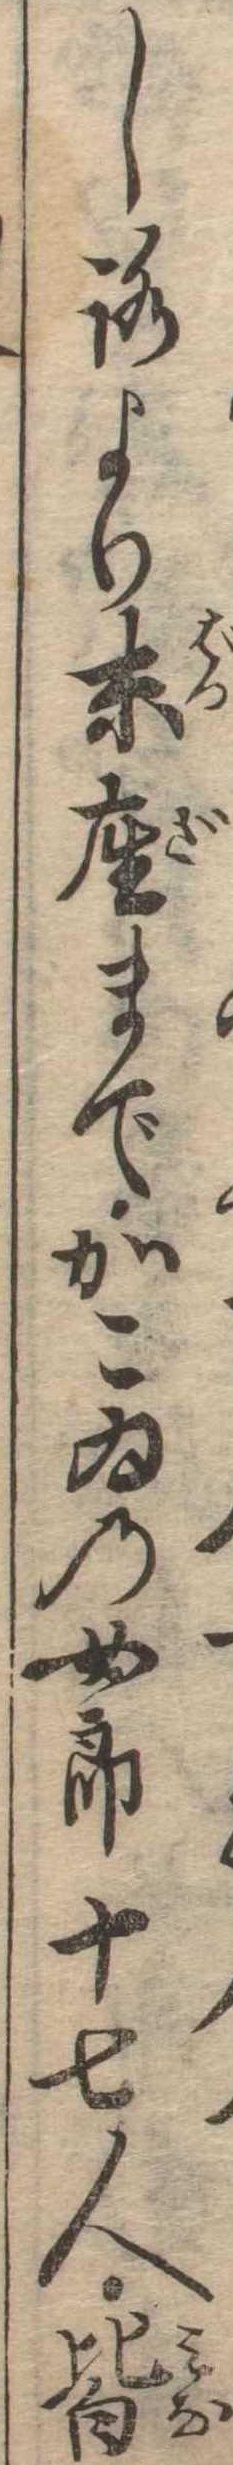
しろより末座までかこゐの女郎十七人皆